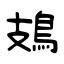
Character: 鳷